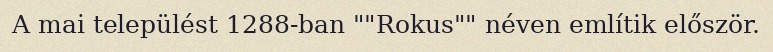
A mai települést 1288-ban ""Rokus"" néven említik először.